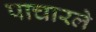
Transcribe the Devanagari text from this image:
पाचारले